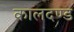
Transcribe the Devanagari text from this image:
कालदण्ड